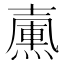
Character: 𡕀